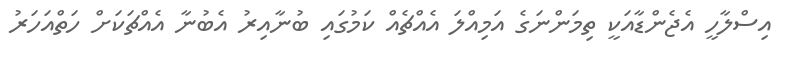
އިސްލާހީ އެޖެންޑާއަކީ ތިމަންނަގެ އަމިއްލަ އެއްޗެއް ކަމުގައި ބުނާއިރު އެބުނާ އެއްޗަކަށް ހަތްއަހަރު